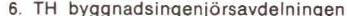
6. TH byggnadsingenjörsavdelningen